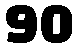
90